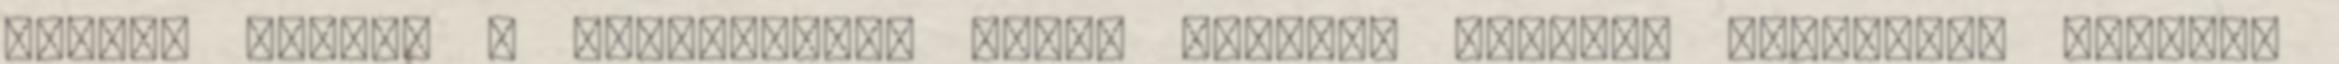
vársz, esőben a napsütésre, télen tavaszt akarsz, tavasszal rájössz